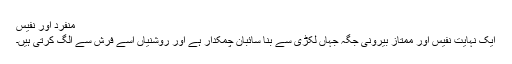
منفرد اور نفیس
ایک نہایت نفیس اور ممتاز بیرونی جگہ جہاں لکڑی سے بنا سائبان چمکدار ہے اور روشنیاں اسے فرش سے الگ کرتی ہیں۔